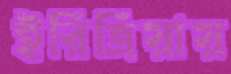
ইরিত্রিয়ায়